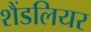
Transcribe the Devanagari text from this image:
शैंडलियर